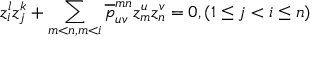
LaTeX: z _ { i } ^ { l } z _ { j } ^ { k } + \sum _ { m < n , m < i } \overline { { { p } } } _ { u v } ^ { m n } z _ { m } ^ { u } z _ { n } ^ { v } = 0 , ( 1 \leq j < i \leq n )